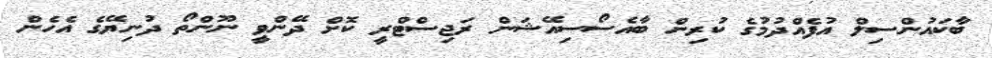
ބާކައުންސިލް އުފެއްދުމުގެ ކުރިން ބާއެސޯސިއޭޝަން ރަޖިސްޓްރީ ކޮށް ދޭންވީ ނޫންތޯ ދުނިޔޭގެ އެހެން